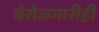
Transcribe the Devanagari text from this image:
बेरोजगारीही